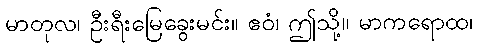
မာတုလ၊ ဦးရီးမြေခွေးမင်း။ ဧဝံ၊ ဤသို့။ မာကရောထ၊